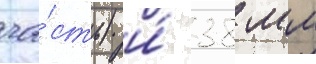
ча́сть) и́ 38 мм